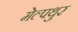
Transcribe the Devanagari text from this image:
मेल्पथुर